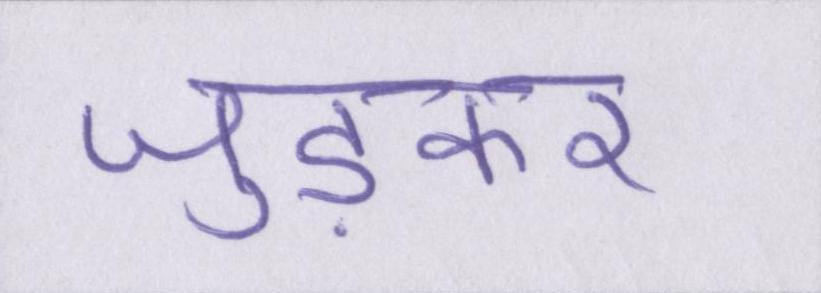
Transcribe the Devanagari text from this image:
जुड़कर